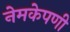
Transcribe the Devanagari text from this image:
नेमकेपणी